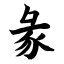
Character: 彖